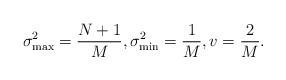
LaTeX: \begin{align*}\sigma_\mathrm{max}^2=\frac{N+1}{M},\sigma_\mathrm{min}^2=\frac{1}{M},v=\frac{2}{M}.\end{align*}